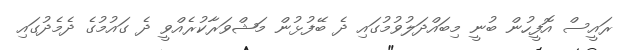
ރައީސް އޮފީހުން ބުނީ މިބައްދަލުވުމުގައި ދެ ބޭފުޅުން މަޝްވަރާކުރެއްވީ ދެ ގައުމުގެ ދެމެދުގައި